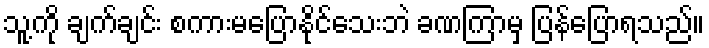
သူ့ကို ချက်ချင်း စကားမပြောနိုင်သေးဘဲ ခဏကြာမှ ပြန်ပြောရသည်။